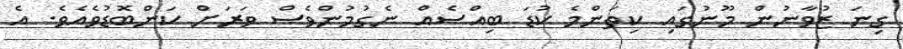
ގިނަ ޒުވާނުން މޫނުގައި ކިތަންމެ ކުޑަ ބިއްސެއް ނެގުމުންވެސް ވަރަށް ކަންބޮޑުވެއެވެ. އެ